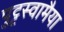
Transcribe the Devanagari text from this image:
पुट्टस्वामैया